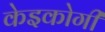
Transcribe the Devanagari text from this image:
केइकोगी